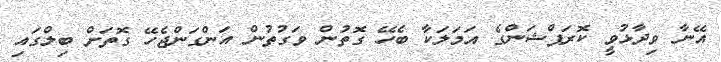
އޭނާ ވިދާޅުވީ ކޮރަޕްޝަންގެ އަމަލަކާ ބެހޭ ގޮތުން ވަގުތުން އަންގަންޖެހޭ ގޮތަށް ބިލްގައި